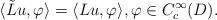
LaTeX: \begin{align*}\langle \tilde{L}u,\varphi\rangle=\langle Lu,\varphi\rangle,\varphi\in C_c^\infty(D).\end{align*}